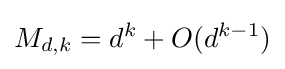
M_{d,k}=d^{k}+O(d^{k-1})